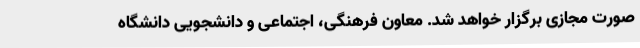
صورت مجازی برگزار خواهد شد. معاون فرهنگی، اجتماعی و دانشجویی دانشگاه